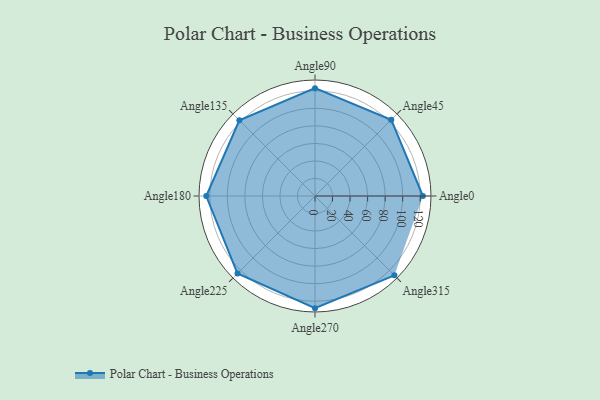
{"axis": {"x": "Angle", "y": "Radius"}, "legend": [""], "data": [{"x": "Angle0", "y": 123.0, "type": ""}, {"x": "Angle45", "y": 123.0, "type": ""}, {"x": "Angle90", "y": 123.0, "type": ""}, {"x": "Angle135", "y": 122.0, "type": ""}, {"x": "Angle180", "y": 124.0, "type": ""}, {"x": "Angle225", "y": 125.0, "type": ""}, {"x": "Angle270", "y": 128.0, "type": ""}, {"x": "Angle315", "y": 128.0, "type": ""}]}